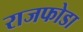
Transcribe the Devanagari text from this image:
राजफोडा